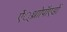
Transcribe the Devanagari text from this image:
ऐं्थ्राोपॉएडों